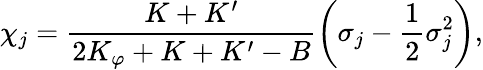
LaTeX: \chi_{j}=\frac{K+K^{\prime}}{2K_{\varphi}+K+K^{\prime}-B}\left(\sigma_{j}-\frac{1}{2}\sigma_{j}^{2}\right),